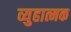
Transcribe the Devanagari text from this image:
व्युहात्मक